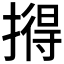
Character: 𪮦